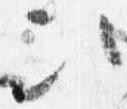
次